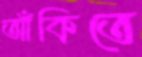
আঁকিতে